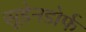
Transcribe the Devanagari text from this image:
सूडेनडोर्फ